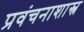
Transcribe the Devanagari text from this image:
प्रवंचनाशास्त्र